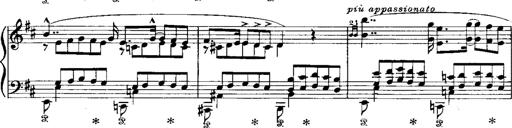
Title: RÃ©miniscences de Norma de Bellini
Composer: Franz Liszt